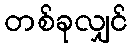
တစ်ခုလျှင်